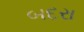
બદરા